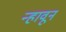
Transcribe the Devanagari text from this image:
न्हावून